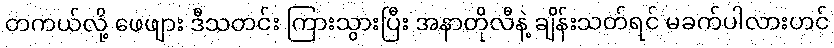
တကယ်လို့ ဖေဖျား ဒီသတင်း ကြားသွားပြီး အနာတိုလီနဲ့ ချိန်းသတ်ရင် မခက်ပါလားဟင်